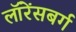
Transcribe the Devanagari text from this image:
लॉरेंसबर्ग